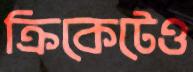
ক্রিকেটেও